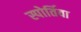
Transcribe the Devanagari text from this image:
स्पोर्तिवा